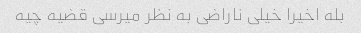
بله اخیرا خیلی ناراضی به نظر میرسی قضیه چیه